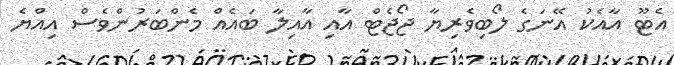
އެޓޫ އާއެކު އޭނަގެ ލޯބިވެރިޔާ ޖޯޖެޓް އާއި އާއިލާ ބައެއް މެންބަރުންވެސް އިއްޔެ